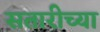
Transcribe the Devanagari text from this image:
सतारीच्या